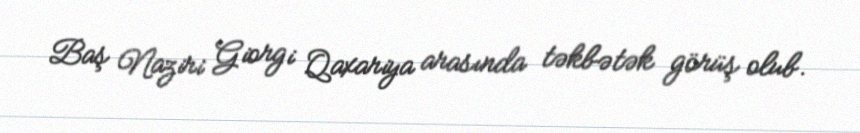
Baş Naziri Giorgi Qaxariya arasında təkbətək görüş olub.